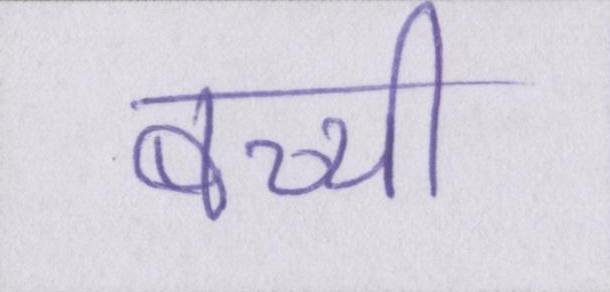
बच्ची